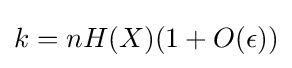
k=nH(X)(1+O(\epsilon ))